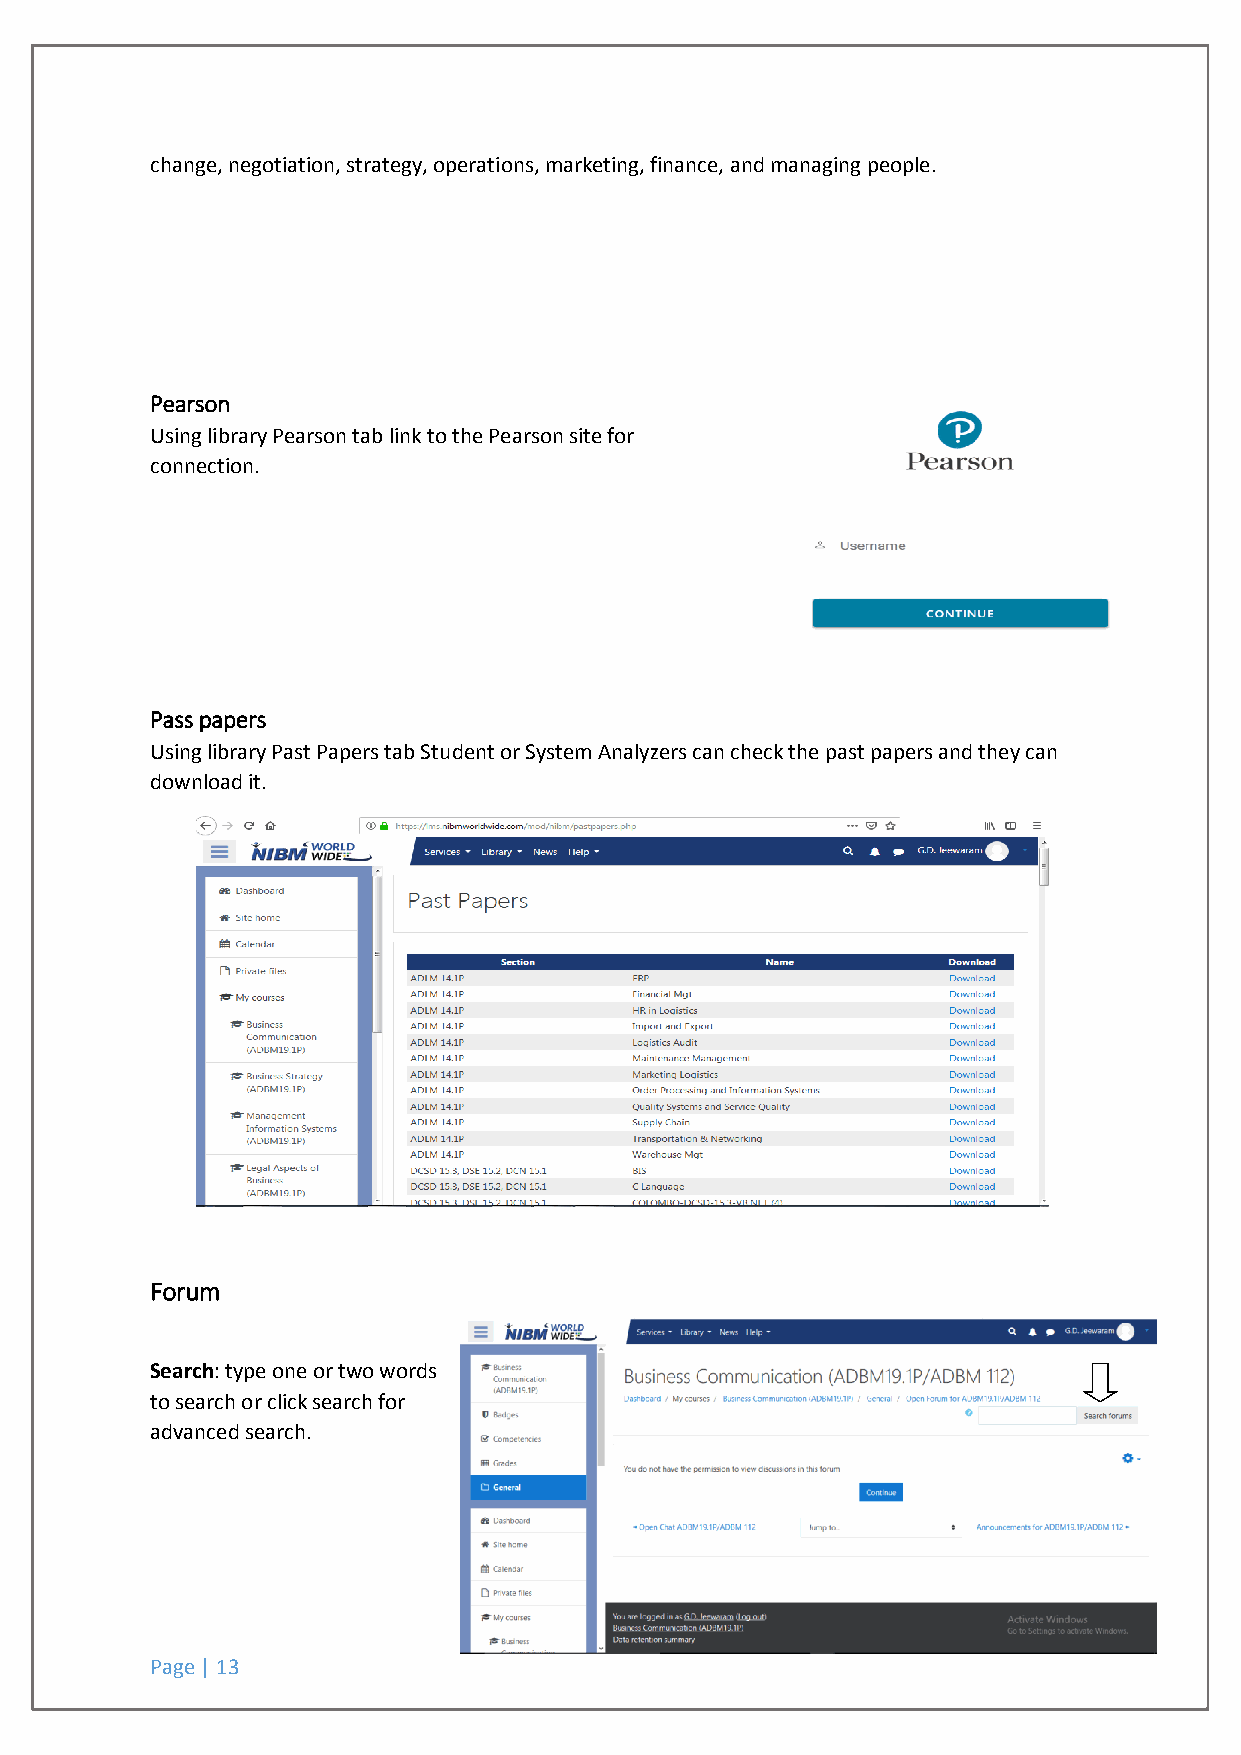
change, negotiation, strategy, operations, marketing, finance, and managing people.
 Pearson
 Using library Pearson tab link to the Pearson site for
 connection.
 Pass papers
 Using library Past Papers tab Student or System Analyzers can check the past papers and they can
 download it.
 Forum
 Search: type one or two words
 to search or click search for
 advanced search.
 Page | 13